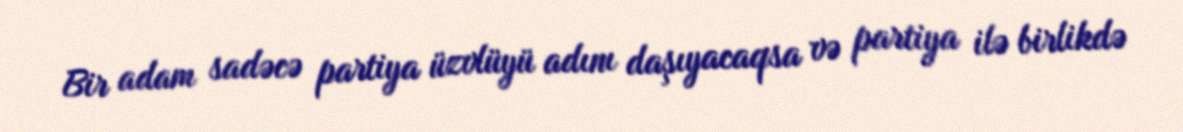
Bir adam sadəcə partiya üzvlüyü adını daşıyacaqsa və partiya ilə birlikdə